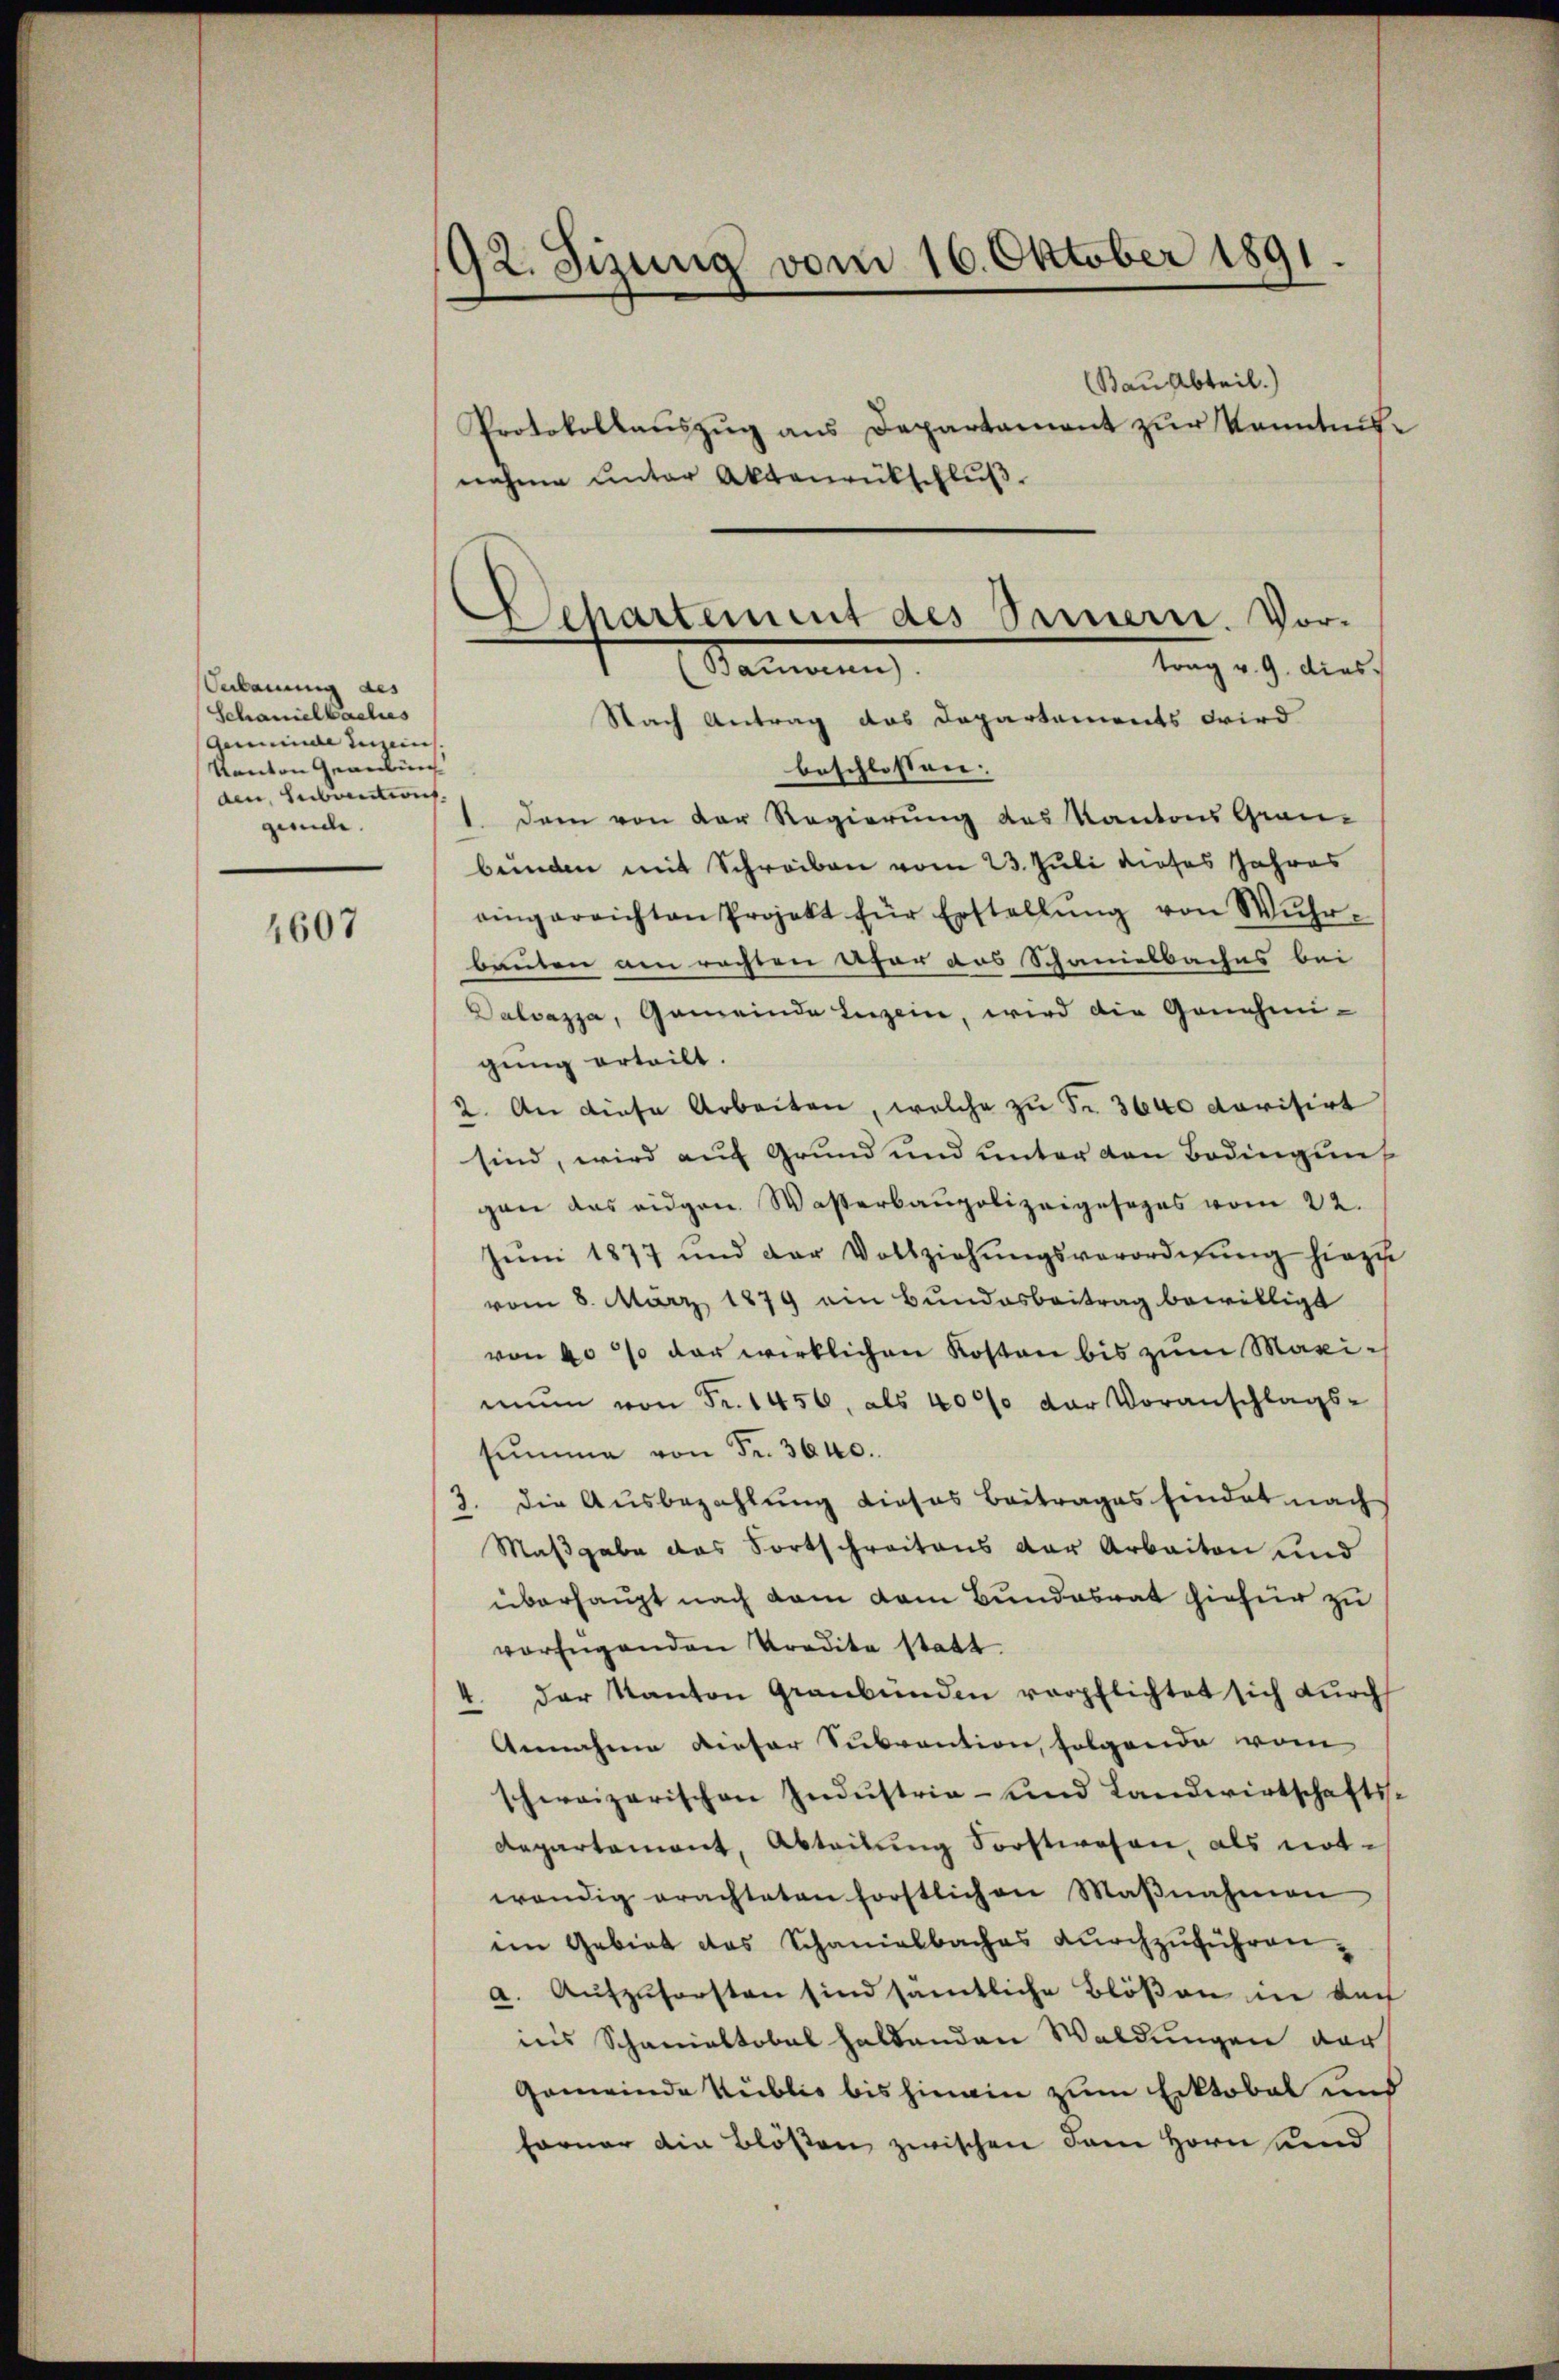
Verbauung des
Schanielbaches
Gemeinde Lin
Kanton Graubung
den, Subunterit,
gunde.

4607

92. Sizung vom 16. Oktober 1891.
Bauabteil)
Protokollauszug aus Departament zur Kenntnis-
nahme unter Aktenrückschlŭβ

Departement des Sennern. Vor-
trag v. 9. dies
amann

Nach Antrag das Departements wird
beschlossen.
1. Dem von der Regierung des Kantons Grau-
bunden mit Schreiben vom 23. Juli dieses Jahres
eingereichten Projekt für Erstellŭng von Wŭhr-
bauten am rechten Ufer aus Schanielbaches bei
Dalvazza, Gemeinde Luzern, wird die Genehmi-
gung erteilt.
2. An diese Arbeiten, welche zŭ Fr. 3640 darisirt
sind, wird auf Grund und unter den Bodingung
gen das eidgen. Wasserbaupolizeigesezes vom 22.
Jŭni 1877 und der Vollziehŭngsverordnŭng hiezu
vom 8. März 1879 ein Bundesbeitrag bewilligt
von 40% der wirklichen Kosten bis zum Maximŭm von Fr. 1456, als 40% der Voranschlags-
summe von Fr. 3640.
3. die Ausbezahlung dieses Beitrages Eindet nach
Maßgabe das Fortschreitens der Arbeiten und
überhaupt nach dem dem Bundesrat hiefür zu
verfügenden Predita statt.
4. der Kanton Graubünden verpflichtet sich durch
Annahme dieser Subvention, folgende vom
schweizerischen Industria- und Landwirtschafts-
departament, Abteilŭng Sorstwesen, als not-
wendig erachteten förstlichen Maβnahmen
im Gebiet das Schanielbaches durchzuführen,
a. Aufzuforsten sind sämtliche Blößen in doch
in’s Schanialtobel haltenden Waldungen vor
Gemeinde Publis bis hinein zum Erktobel und
ferner ain Blößen zwischen dem Horn und